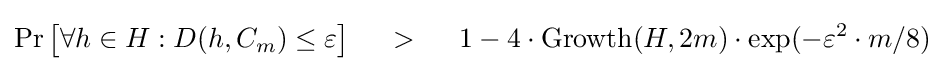
\Pr {\big [}\forall h\in H:D(h,C_{m})\leq \varepsilon {\big ]}~~~~>~~~~1-4\cdot \operatorname {Growth} (H,2m)\cdot \exp(-\varepsilon ^{2}\cdot m/8)